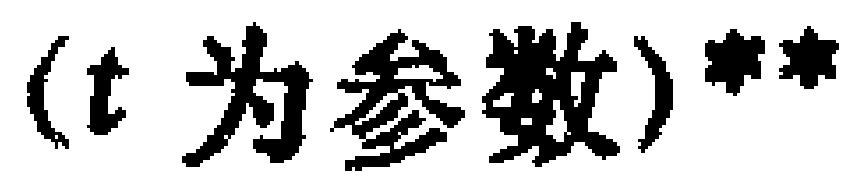
（t 为参数）**